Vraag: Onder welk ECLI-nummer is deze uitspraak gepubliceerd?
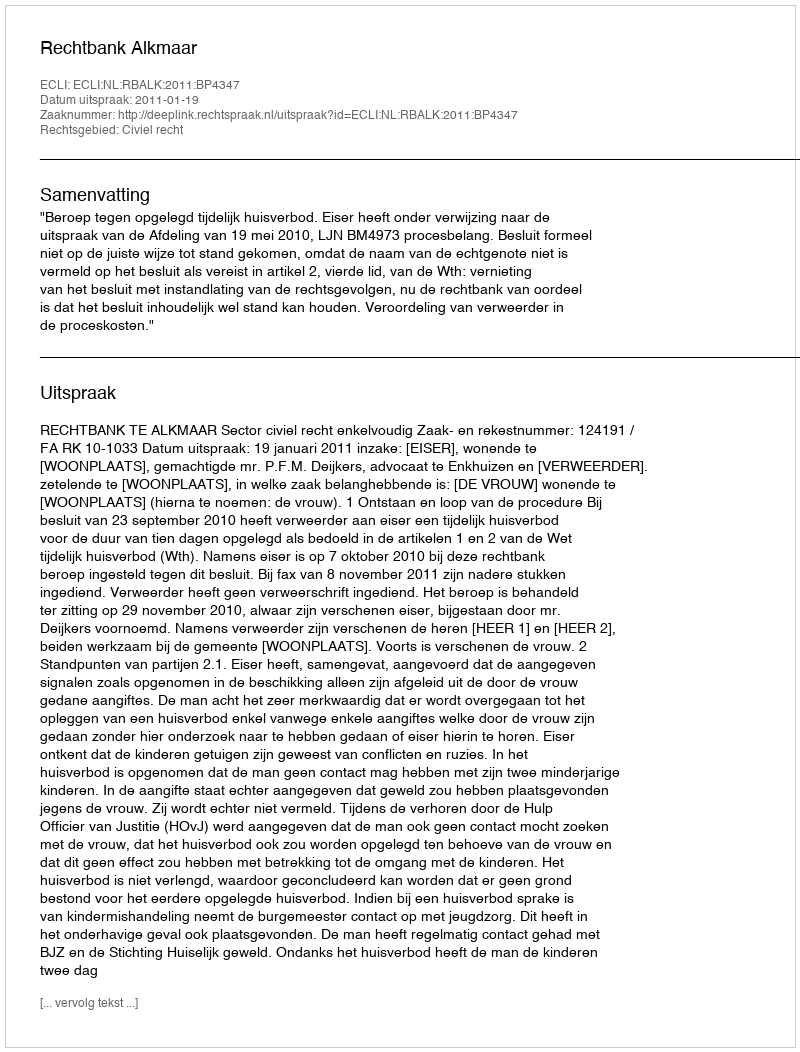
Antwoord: ECLI:NL:RBALK:2011:BP4347